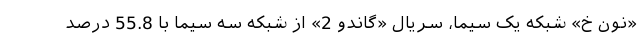
«نون خ» شبکه یک سیما، سریال «گاندو 2» از شبکه سه سیما با 55.8 درصد